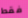
فقط